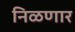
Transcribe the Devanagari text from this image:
निळणार